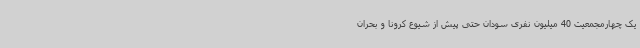
یک چهارمجمعیت 40 میلیون نفری سودان حتی پیش از شیوع کرونا و بحران